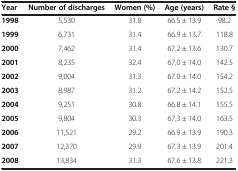
| Year | Number of discharges | Women (%) | Age (years) | Rate § |
 | --- | --- | --- | --- | --- |
 | 1998 | 5,530 | 31.8 | 66.5 ± 13.9 | 98.2 |
 | 1999 | 6,731 | 31.4 | 66.9 ± 13.7 | 118.8 |
 | 2000 | 7,462 | 31.4 | 67.2 ± 13.6 | 130.7 |
 | 2001 | 8,235 | 32.4 | 67.0 ± 14.0 | 142.5 |
 | 2002 | 9,004 | 31.3 | 67.0 ± 14.0 | 154.2 |
 | 2003 | 8,987 | 31.2 | 67.2 ± 14.2 | 152.5 |
 | 2004 | 9,251 | 30.8 | 66.8 ± 14.1 | 155.5 |
 | 2005 | 9,804 | 30.3 | 67.3 ± 14.0 | 163.5 |
 | 2006 | 11,521 | 29.2 | 66.9 ± 13.9 | 190.3 |
 | 2007 | 12,370 | 29.9 | 67.3 ± 13.9 | 201.4 |
 | 2008 | 13,834 | 31.3 | 67.6 ± 13.8 | 221.3 |